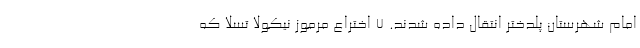
امام شهرستان پلدختر انتقال داده شدند. 7 اختراع مرموز نیکولا تسلا که